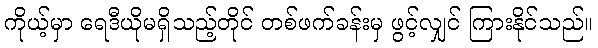
ကိုယ့်မှာ ရေဒီယိုမရှိသည့်တိုင် တစ်ဖက်ခန်းမှ ဖွင့်လျှင် ကြားနိုင်သည်။